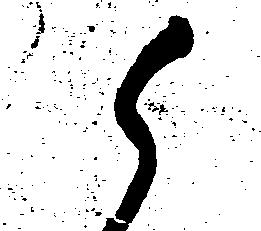
候